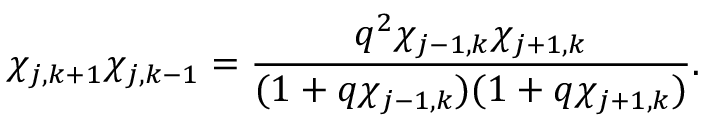
\chi _ { j , k + 1 } \chi _ { j , k - 1 } = \frac { q ^ { 2 } \chi _ { j - 1 , k } \chi _ { j + 1 , k } } { ( 1 + q \chi _ { j - 1 , k } ) ( 1 + q \chi _ { j + 1 , k } ) } .